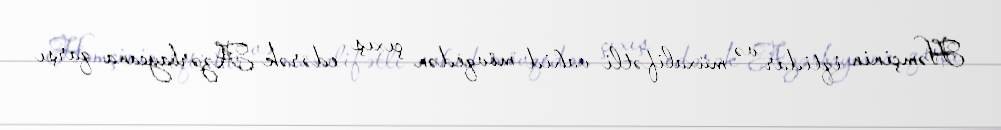
Həmçinin iqtidar və müxalifətli vahid mövqedən çıxış edərək Azərbaycana qarşı